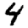
Digit: 4